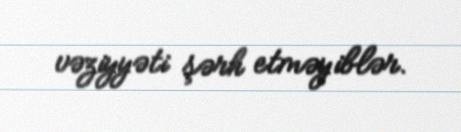
vəziyyəti şərh etməyiblər.